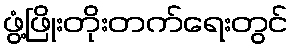
ဖွံ့ဖြိုးတိုးတက်ရေးတွင်